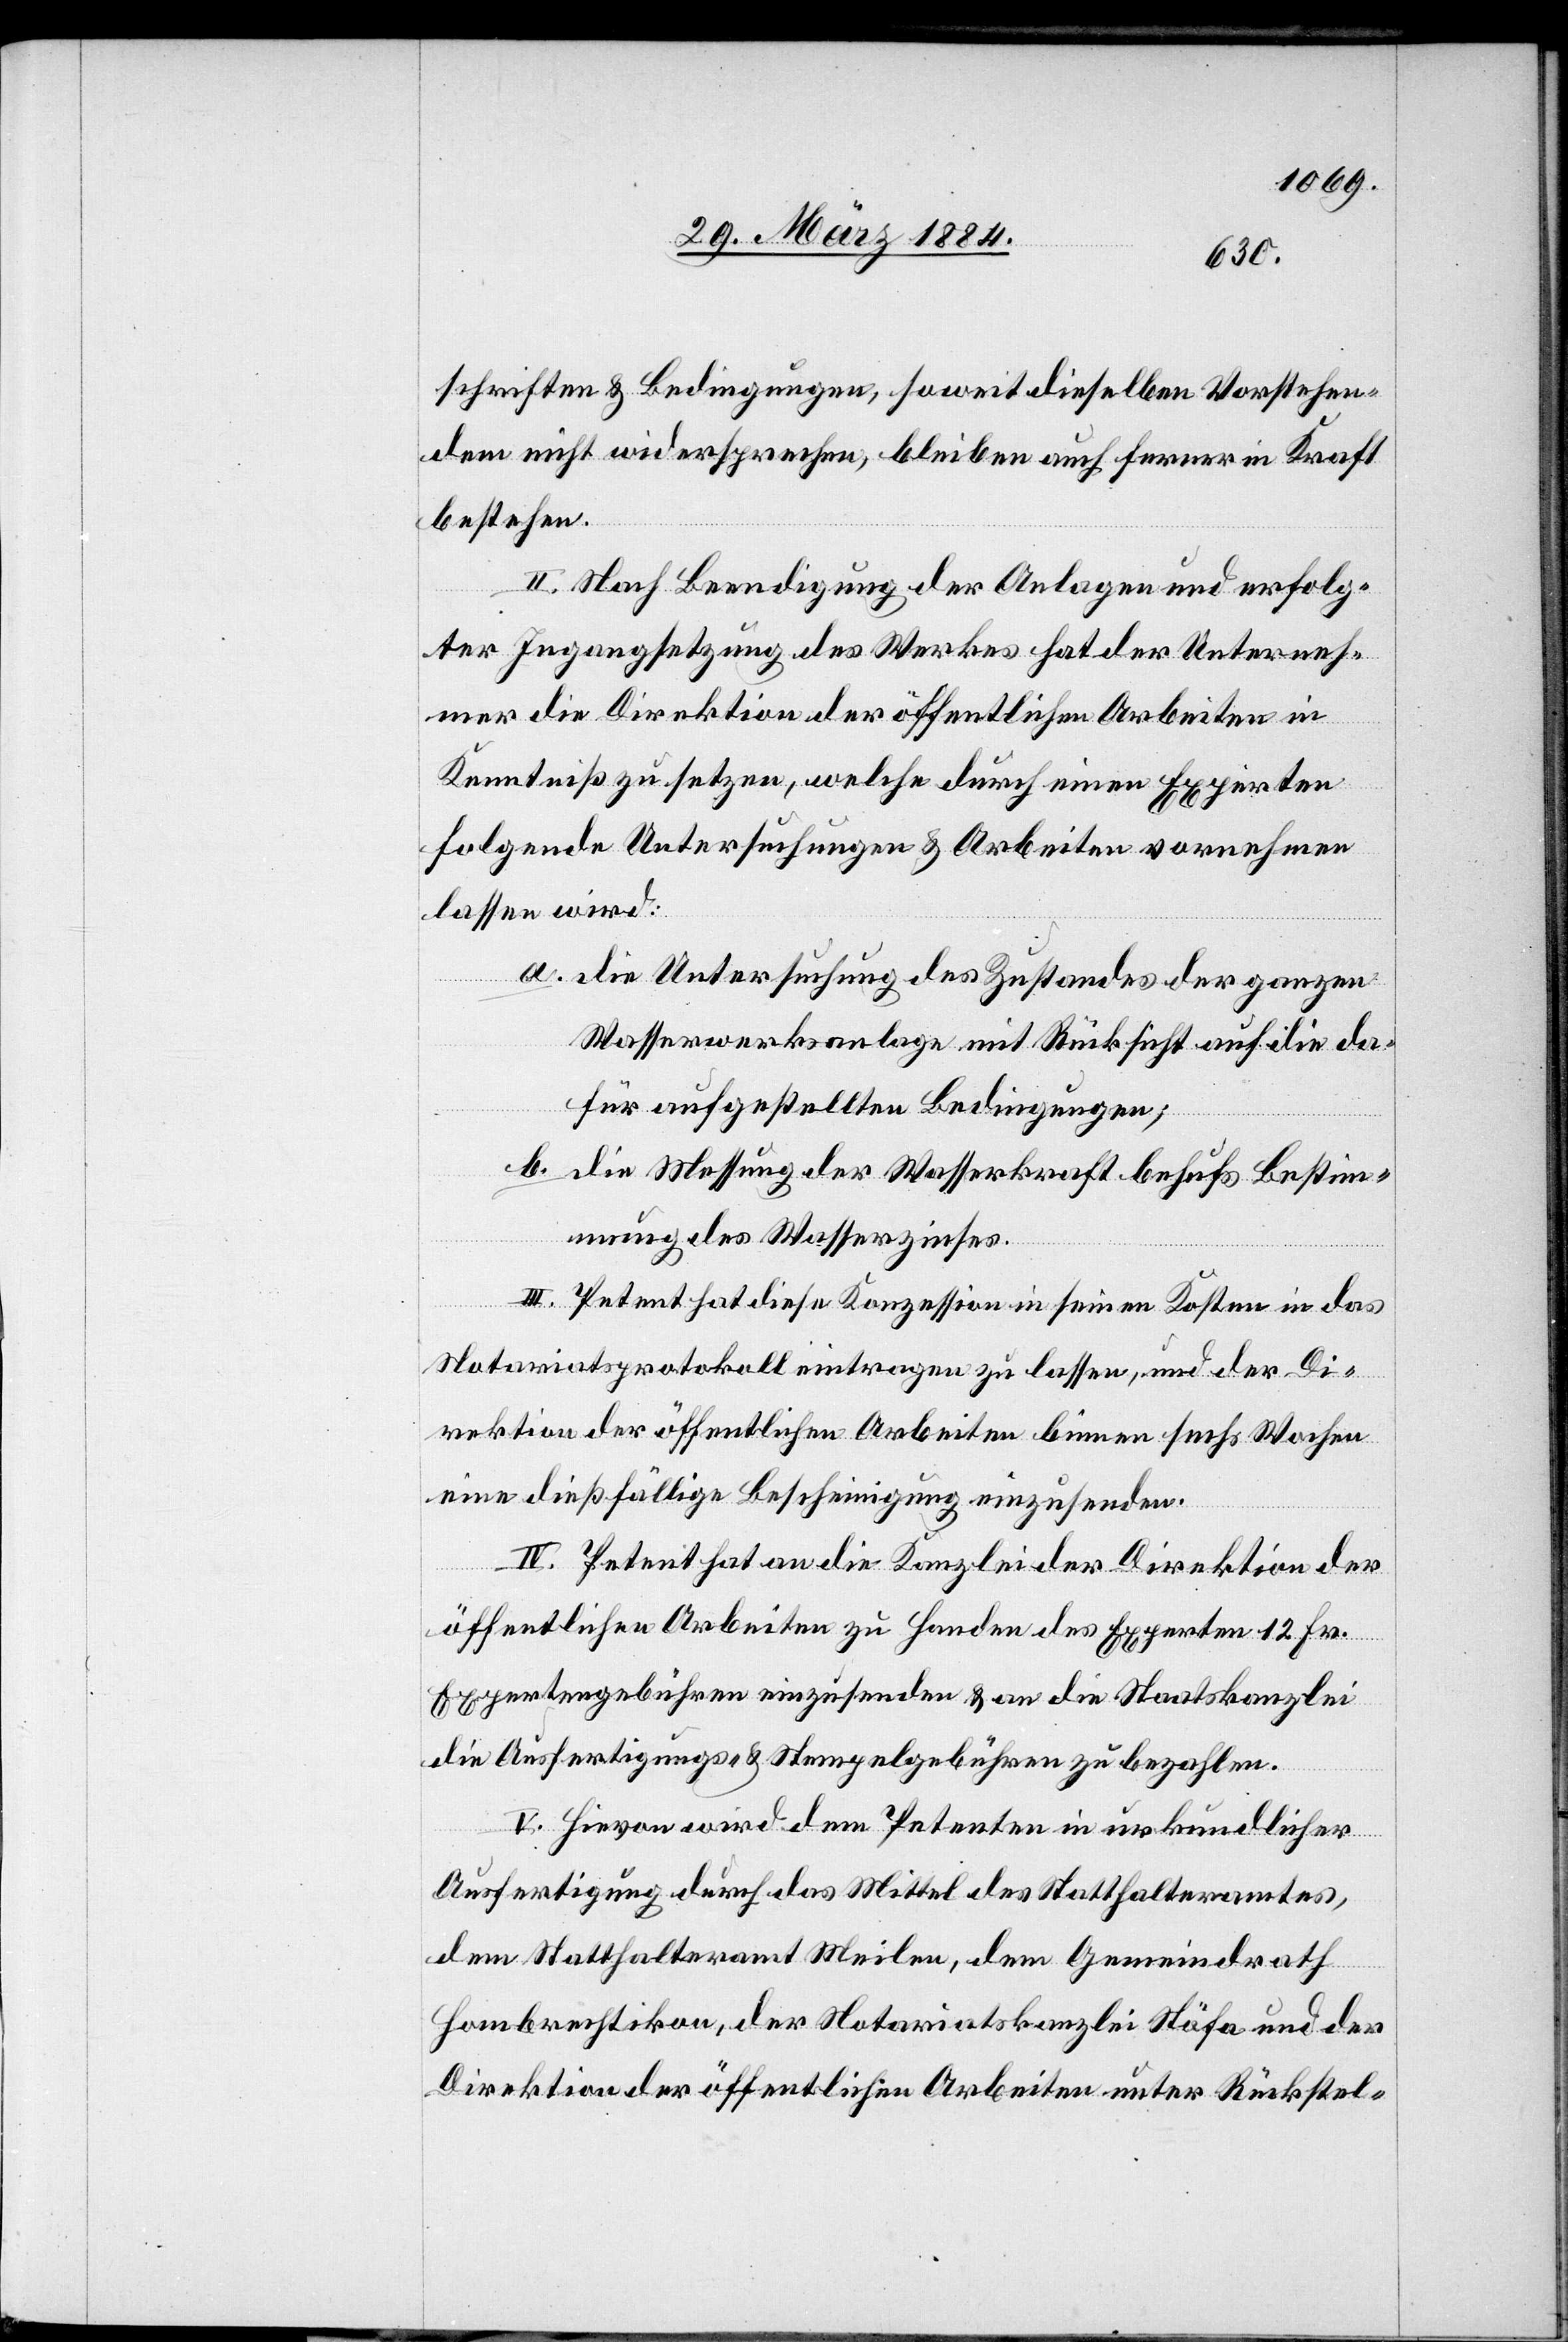
schriften & Bedingungen, soweit dieselben Vorstehen¬
dem nicht widersprechen, bleiben auch ferner in Kraft
bestehen.
II. Nach Beendigung der Anlagen und erfolg¬
ter Ingangsetzung des Werkes hat der Unterneh¬
mer die Direktion der öffentlichen Arbeiten in
Kenntniß zu setzen, welche durch einen Experten
folgende Untersuchungen & Arbeiten vornehmen
lassen wird:
a. die Untersuchung des Zustandes der ganzen
Wasserwerksanlage mit Rücksicht auf die da¬
für aufgestellten Bedingungen;
b. die Messung der Wasserkraft behufs Bestim¬
mung des Wasserzinses.
III. Petent hat diese Konzession in seinen Kosten in das
Notariatsprotokoll eintragen zu lassen, und der Di¬
rektion der öffentlichen Arbeiten binnen sechs Wochen
eine dießfällige Bescheinigung einzusenden.
IV. Petent hat an die Kanzlei der Direktion der
öffentlichen Arbeiten zu Handen des Experten 12 Fr.
Expertengebühren einzusenden & an die Staatskanzlei
die Ausfertigungs- & Stempelgebühren zu bezahlen.
V. Hievon wird dem Petenten in urkundlicher
Ausfertigung durch das Mittel des Statthalteramtes,
dem Statthalteramt Meilen, dem Gemeindrath
Hombrechtikon, der Notariatskanzlei Stäfa und der
Direktion der öffentlichen Arbeiten unter Rückstel-